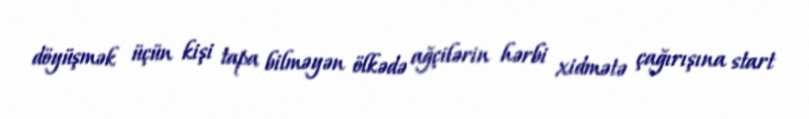
döyüşmək üçün kişi tapa bilməyən ölkədə ağçilərin hərbi xidmətə çağırışına start